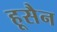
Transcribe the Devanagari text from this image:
हूसैन